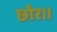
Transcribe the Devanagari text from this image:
छोर।।